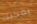
يمكنك